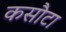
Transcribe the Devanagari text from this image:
कसौटा